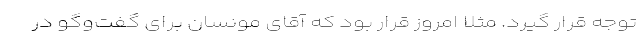
توجه قرار گیرد. مثلا امروز قرار بود که آقای مونسان برای گفت‌وگو در